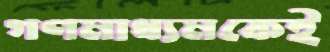
গণমাধ্যমকেই